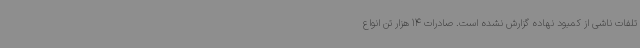
تلفات ناشی از کمبود نهاده گزارش نشده است. صادرات 14 هزار تن انواع